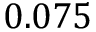
0 . 0 7 5